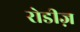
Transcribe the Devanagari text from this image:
रोडीज़